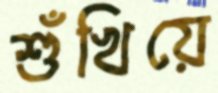
শুঁখিয়ে